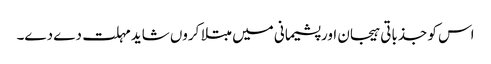
اس کو جذباتی ہیجان اور پشیمانی میں مبتلا کروں شاید مہلت دے دے۔